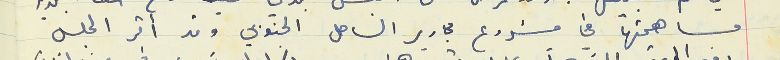
مساهمتها في مشروع مجارير الساحل الجنوبي وقد اقر المجلس